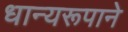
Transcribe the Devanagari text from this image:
धान्‍यरूपाने